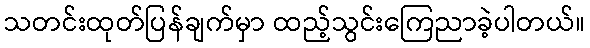
သတင်းထုတ်ပြန်ချက်မှာ ထည့်သွင်းကြေညာခဲ့ပါတယ်။